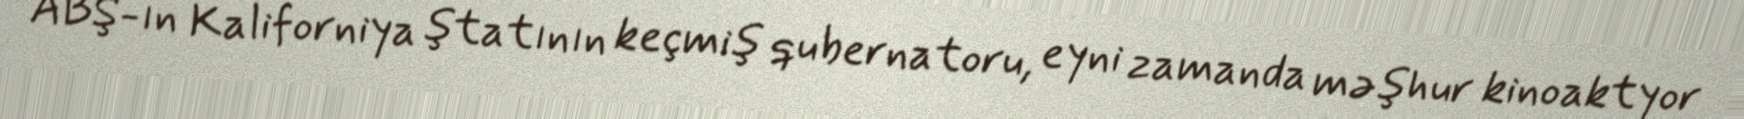
ABŞ-ın Kaliforniya ştatının keçmiş qubernatoru, eyni zamanda məşhur kinoaktyor